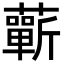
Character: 蘄